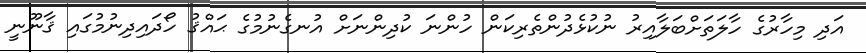
އަދި މިހާރުގެ ހާލަތަށްބަލާއިރު ނުކުޅެދުންތެރިކަން ހުންނަ ކުދިންނަށް އުނގެނުމުގެ ޙައްޤު ހޯދައިދިނުމުގައި ޤާނޫނީ